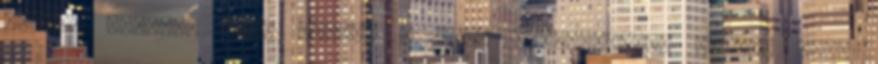
Sibrik Lászlót négy fiával s azok feleségeivel együtt Szt.